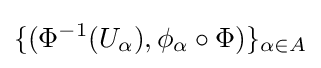
\{(\Phi ^{-1}(U_{\alpha }),\phi _{\alpha }\circ \Phi )\}_{\alpha \in A}